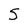
Character: 5